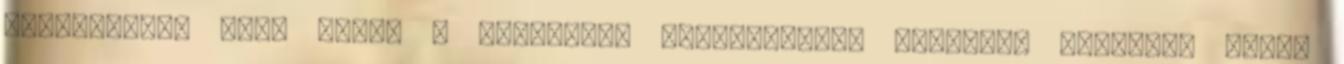
Hirdetményt tesz közzé a lakossági fogyasztónak minősülő ügyfelek által